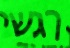
רגשי